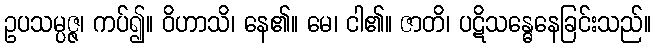
ဥပသမ္ပဇ္ဇ၊ ကပ်၍။ ဝိဟာသိ၊ နေ၏။ မေ၊ ငါ၏။ ဇာတိ၊ ပဋိသန္ဓေနေခြင်းသည်။